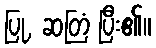
ပြု, ဆတြံ ပြီး၏။